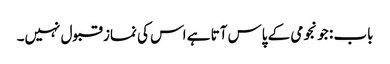
باب : جو نجومی کے پاس آتا ہے اس کی نماز قبول نہیں۔